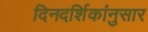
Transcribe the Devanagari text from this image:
दिनदर्शिकांनुसार